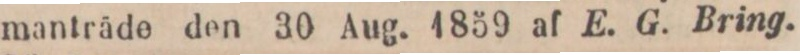
manträde den 30 Aug. 1859 af E. G. Bring.